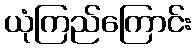
ယုံကြည်ကြောင်း